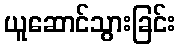
ယူဆောင်သွားခြင်း